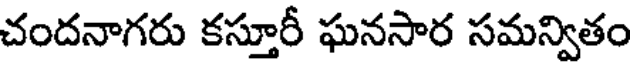
చందనాగరు కస్తూరీ ఘనసార సమన్వితం